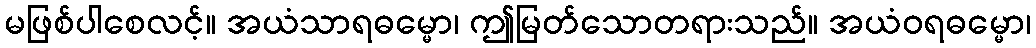
မဖြစ်ပါစေလင့်။ အယံသာရဓမ္မော၊ ဤမြတ်သောတရားသည်။ အယံဝရဓမ္မော၊